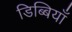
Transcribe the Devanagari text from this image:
डिब्बियाँ